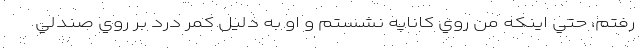
رفتم، حتي اينكه من روي كاناپه نشستم و او به دليل كمر درد بر روي صندلي